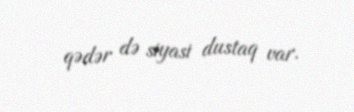
qədər də siyasi dustaq var.